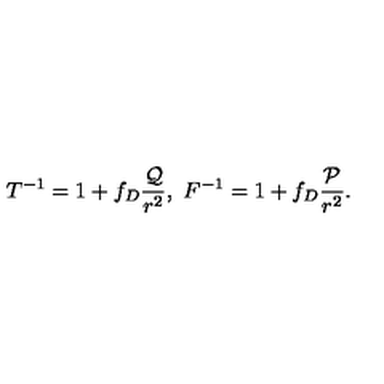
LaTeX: T ^ { - 1 } = 1 + f _ { D } { \frac { \cal Q } { r ^ { 2 } } } , \ F ^ { - 1 } = 1 + f _ { D } { \frac { \cal P } { r ^ { 2 } } } .